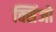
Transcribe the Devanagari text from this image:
क्सिंजो